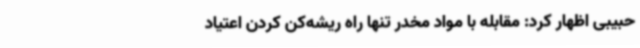
حبیبی اظهار کرد: مقابله با مواد مخدر تنها راه ریشه‌کن کردن اعتیاد